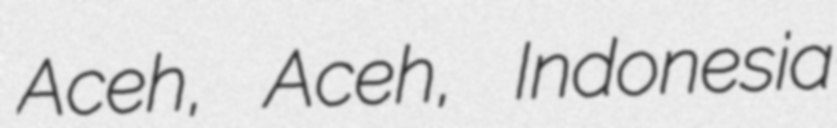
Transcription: Aceh, Aceh, Indonesia